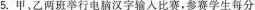
5. 甲、乙两班举行电脑汉字输入比赛，参赛学生每分